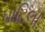
ઘાટિલા